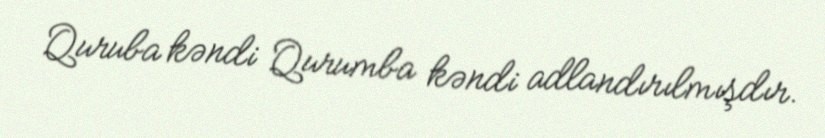
Quruba kəndi Qurumba kəndi adlandırılmışdır.